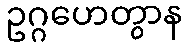
ဥဂ္ဂဟေတွာန